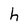
Character: h